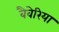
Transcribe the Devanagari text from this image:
बैवेरिया